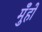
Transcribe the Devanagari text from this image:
मुँहों